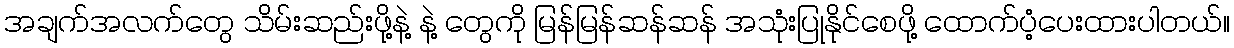
အချက်အလက်တွေ သိမ်းဆည်းဖို့နဲ့ နဲ့ တွေကို မြန်မြန်ဆန်ဆန် အသုံးပြုနိုင်စေဖို့ ထောက်ပံ့ပေးထားပါတယ်။